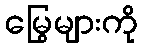
မြွေများကို